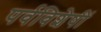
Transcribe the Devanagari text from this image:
पर्वविशेषीं